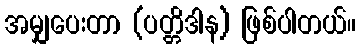
အမျှပေးတာ (ပတ္တိဒါန) ဖြစ်ပါတယ်။